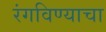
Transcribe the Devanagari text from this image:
रंगविण्याचा